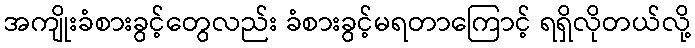
အကျိုးခံစားခွင့်တွေလည်း ခံစားခွင့်မရတာကြောင့် ရရှိလိုတယ်လို့